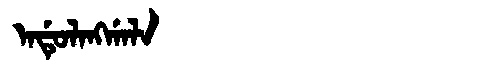
Manchu: ᠠᡩᡠᠯᠠᠩᡤᠠᠯᠠ
Romanization: ADULANGGALA